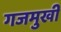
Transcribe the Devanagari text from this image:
गजमुखी